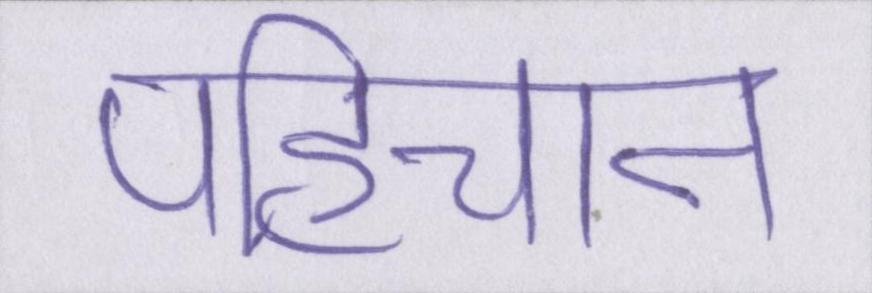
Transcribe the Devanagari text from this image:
पहिचान